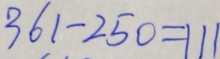
3 6 1 - 2 5 0 = 1 1 1